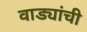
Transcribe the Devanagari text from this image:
वाड्यांची